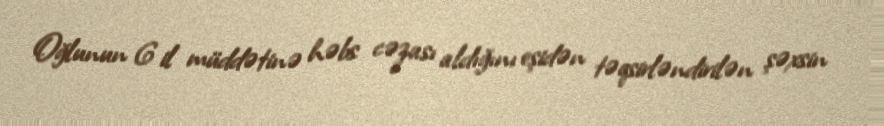
Oğlunun 6 il müddətinə həbs cəzası aldığını eşidən təqsirləndirilən şəxsin